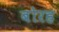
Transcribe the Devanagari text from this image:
बोरह